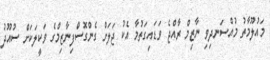
މައުލޫމާތު މުއްސަނދިވި ނާޒިމް ރާއްޖެ ވަޑައިގަތުމާ އެކު ޖަލަށް ގެންގޮސްފިނާޒިމްގެ ވަކީލަކަށް ސުއޫދު